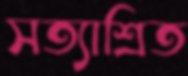
সত্যাশ্রিত